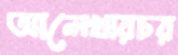
আলেখারচর